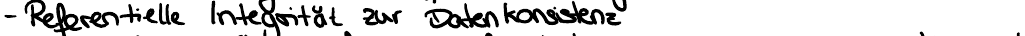
- Referentielle Integrität zur Datenkonsistenz